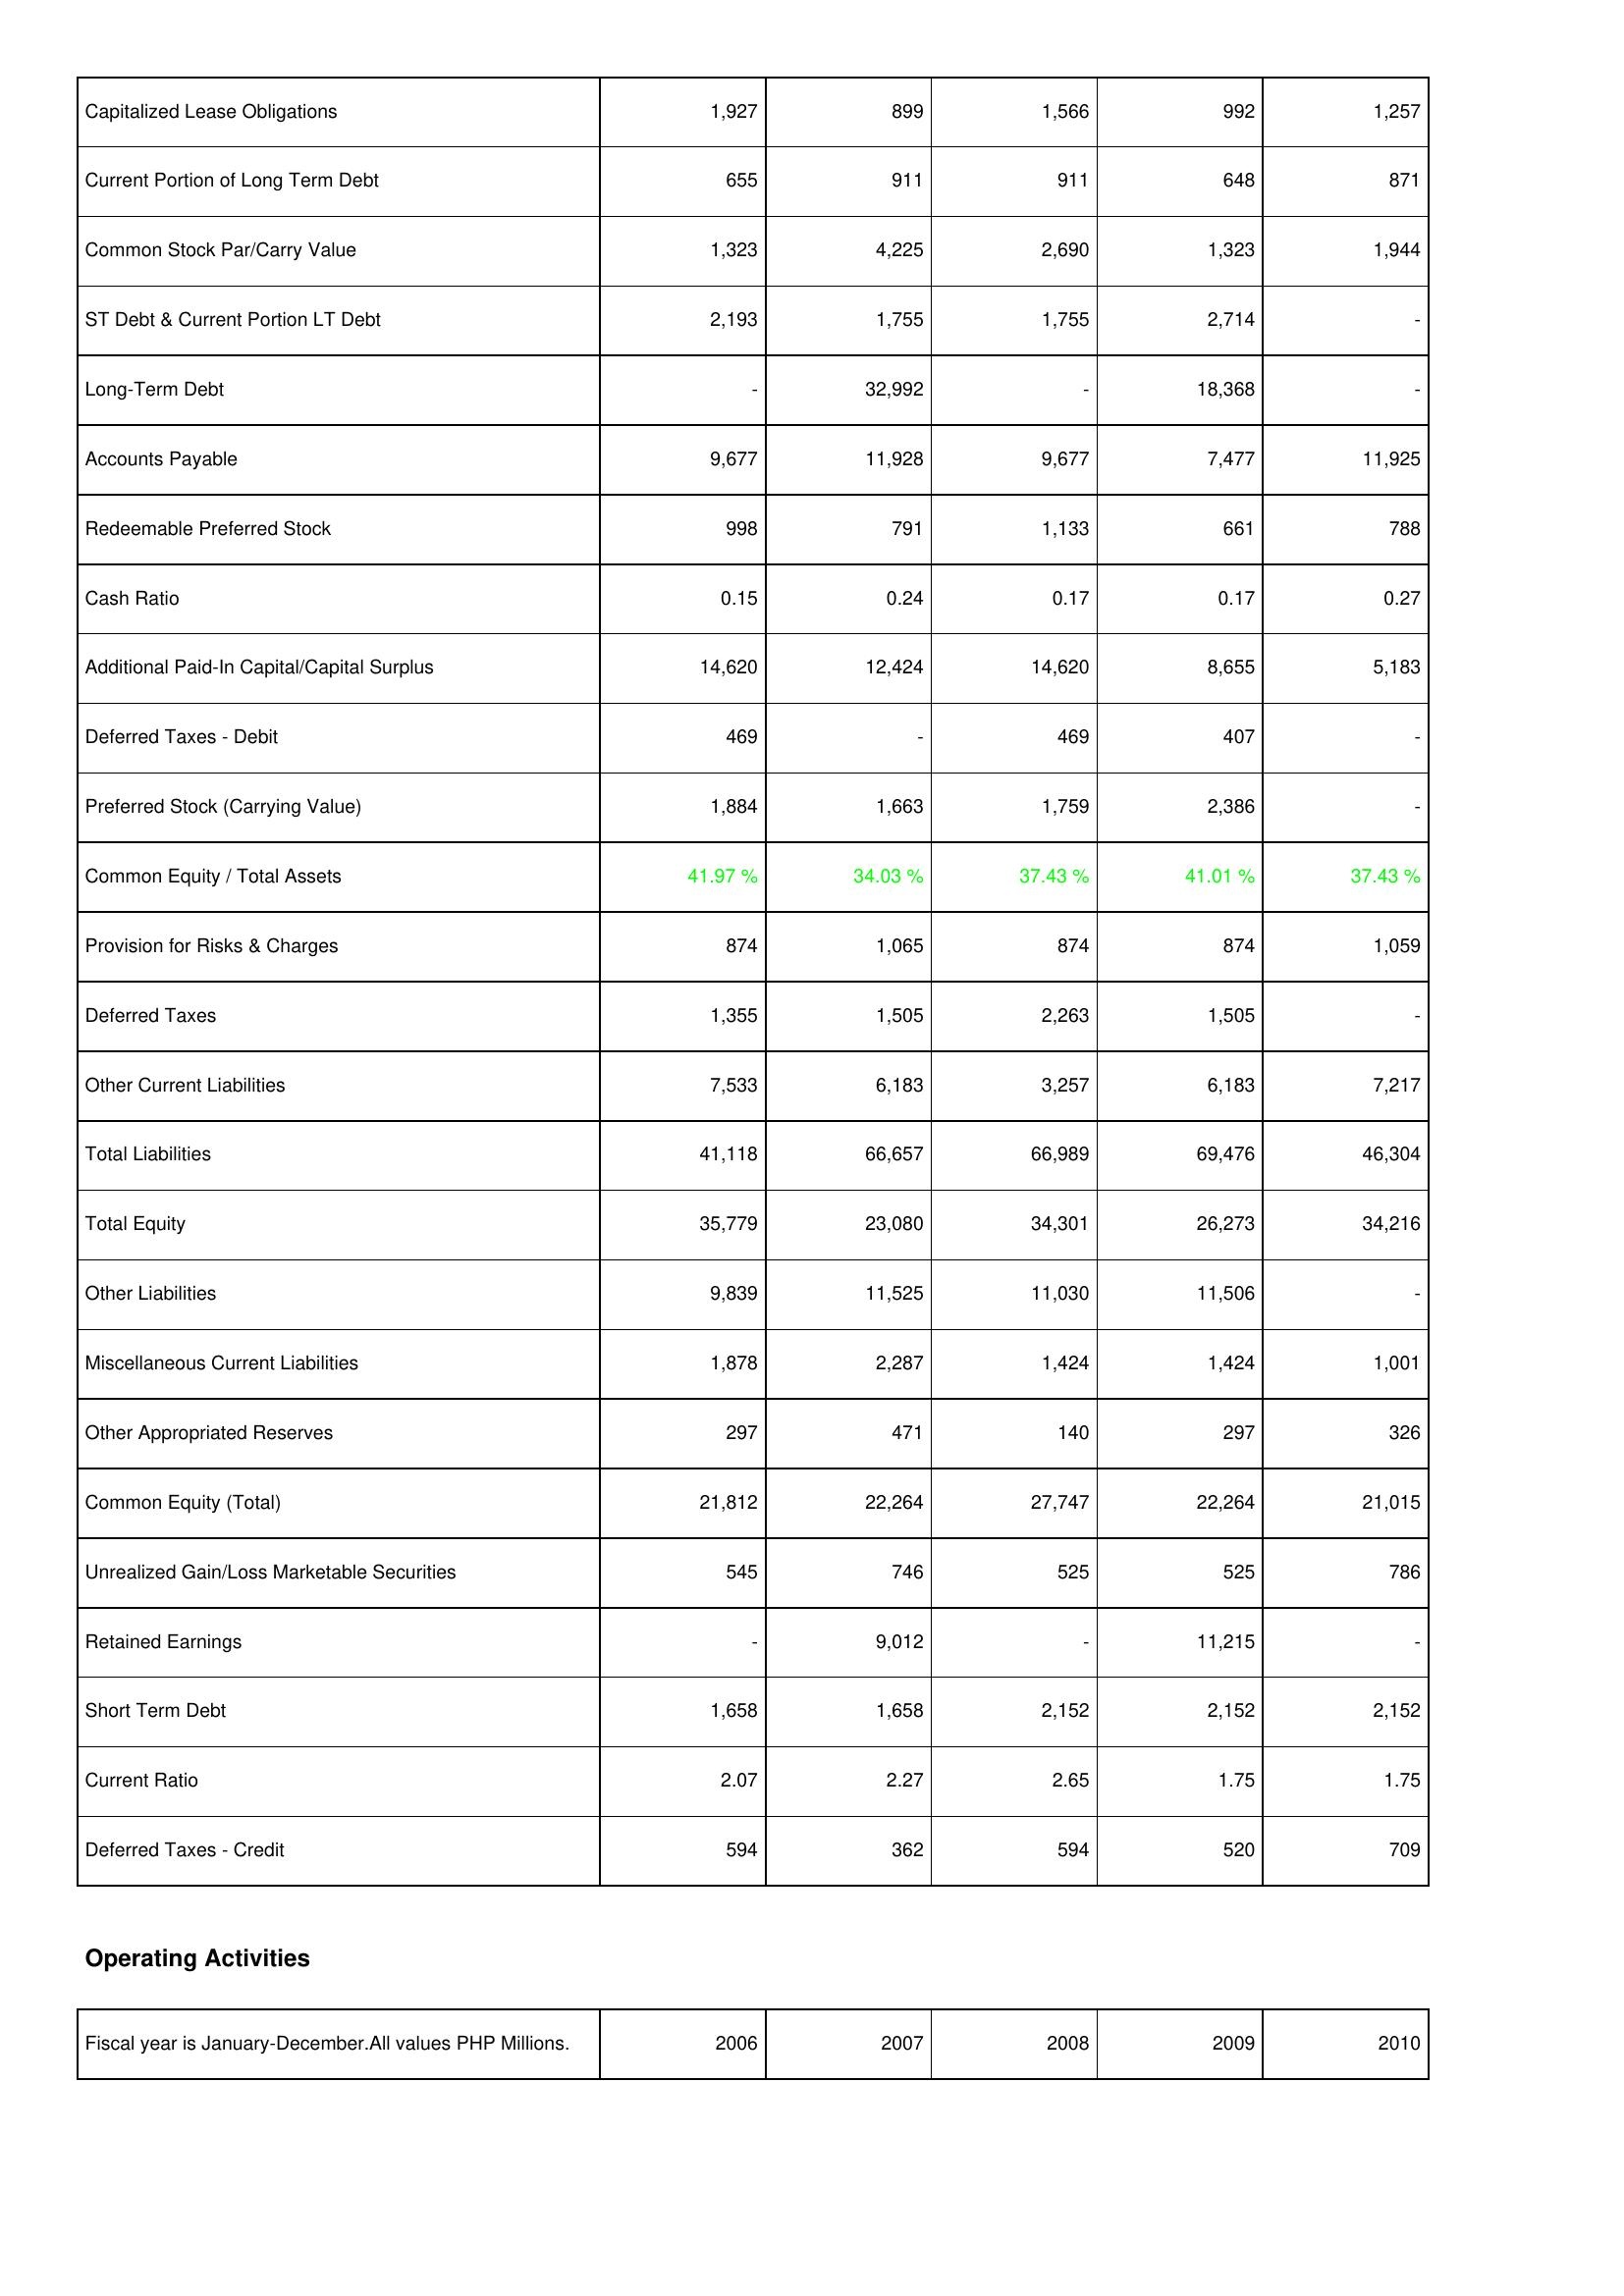
2006: Liabilities & Shareholders' Equity: Capitalized Lease Obligations: 1,927
Current Portion of Long Term Debt: 655
Common Stock Par/Carry Value: 1,323
ST Debt & Current Portion LT Debt: 2,193
Long-Term Debt: -
Accounts Payable: 9,677
Redeemable Preferred Stock: 998
Cash Ratio: 0.15
Additional Paid-In Capital/Capital Surplus: 14,620
Deferred Taxes - Debit: 469
Preferred Stock (Carrying Value): 1,884
Common Equity / Total Assets: 41.97 %
Provision for Risks & Charges: 874
Deferred Taxes: 1,355
Other Current Liabilities: 7,533
Total Liabilities: 41,118
Total Equity: 35,779
Other Liabilities: 9,839
Miscellaneous Current Liabilities: 1,878
Other Appropriated Reserves: 297
Common Equity (Total): 21,812
Unrealized Gain/Loss Marketable Securities: 545
Retained Earnings: -
Short Term Debt: 1,658
Current Ratio: 2.07
Deferred Taxes - Credit: 594
2007: Liabilities & Shareholders' Equity: Capitalized Lease Obligations: 899
Current Portion of Long Term Debt: 911
Common Stock Par/Carry Value: 4,225
ST Debt & Current Portion LT Debt: 1,755
Long-Term Debt: 32,992
Accounts Payable: 11,928
Redeemable Preferred Stock: 791
Cash Ratio: 0.24
Additional Paid-In Capital/Capital Surplus: 12,424
Deferred Taxes - Debit: -
Preferred Stock (Carrying Value): 1,663
Common Equity / Total Assets: 34.03 %
Provision for Risks & Charges: 1,065
Deferred Taxes: 1,505
Other Current Liabilities: 6,183
Total Liabilities: 66,657
Total Equity: 23,080
Other Liabilities: 11,525
Miscellaneous Current Liabilities: 2,287
Other Appropriated Reserves: 471
Common Equity (Total): 22,264
Unrealized Gain/Loss Marketable Securities: 746
Retained Earnings: 9,012
Short Term Debt: 1,658
Current Ratio: 2.27
Deferred Taxes - Credit: 362
2008: Liabilities & Shareholders' Equity: Capitalized Lease Obligations: 1,566
Current Portion of Long Term Debt: 911
Common Stock Par/Carry Value: 2,690
ST Debt & Current Portion LT Debt: 1,755
Long-Term Debt: -
Accounts Payable: 9,677
Redeemable Preferred Stock: 1,133
Cash Ratio: 0.17
Additional Paid-In Capital/Capital Surplus: 14,620
Deferred Taxes - Debit: 469
Preferred Stock (Carrying Value): 1,759
Common Equity / Total Assets: 37.43 %
Provision for Risks & Charges: 874
Deferred Taxes: 2,263
Other Current Liabilities: 3,257
Total Liabilities: 66,989
Total Equity: 34,301
Other Liabilities: 11,030
Miscellaneous Current Liabilities: 1,424
Other Appropriated Reserves: 140
Common Equity (Total): 27,747
Unrealized Gain/Loss Marketable Securities: 525
Retained Earnings: -
Short Term Debt: 2,152
Current Ratio: 2.65
Deferred Taxes - Credit: 594
2009: Liabilities & Shareholders' Equity: Capitalized Lease Obligations: 992
Current Portion of Long Term Debt: 648
Common Stock Par/Carry Value: 1,323
ST Debt & Current Portion LT Debt: 2,714
Long-Term Debt: 18,368
Accounts Payable: 7,477
Redeemable Preferred Stock: 661
Cash Ratio: 0.17
Additional Paid-In Capital/Capital Surplus: 8,655
Deferred Taxes - Debit: 407
Preferred Stock (Carrying Value): 2,386
Common Equity / Total Assets: 41.01 %
Provision for Risks & Charges: 874
Deferred Taxes: 1,505
Other Current Liabilities: 6,183
Total Liabilities: 69,476
Total Equity: 26,273
Other Liabilities: 11,506
Miscellaneous Current Liabilities: 1,424
Other Appropriated Reserves: 297
Common Equity (Total): 22,264
Unrealized Gain/Loss Marketable Securities: 525
Retained Earnings: 11,215
Short Term Debt: 2,152
Current Ratio: 1.75
Deferred Taxes - Credit: 520
2010: Liabilities & Shareholders' Equity: Capitalized Lease Obligations: 1,257
Current Portion of Long Term Debt: 871
Common Stock Par/Carry Value: 1,944
ST Debt & Current Portion LT Debt: -
Long-Term Debt: -
Accounts Payable: 11,925
Redeemable Preferred Stock: 788
Cash Ratio: 0.27
Additional Paid-In Capital/Capital Surplus: 5,183
Deferred Taxes - Debit: -
Preferred Stock (Carrying Value): -
Common Equity / Total Assets: 37.43 %
Provision for Risks & Charges: 1,059
Deferred Taxes: -
Other Current Liabilities: 7,217
Total Liabilities: 46,304
Total Equity: 34,216
Other Liabilities: -
Miscellaneous Current Liabilities: 1,001
Other Appropriated Reserves: 326
Common Equity (Total): 21,015
Unrealized Gain/Loss Marketable Securities: 786
Retained Earnings: -
Short Term Debt: 2,152
Current Ratio: 1.75
Deferred Taxes - Credit: 709